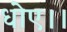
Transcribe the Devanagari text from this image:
धोए।।